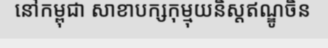
នៅកម្ពុជា សាខាបក្សកុម្មុយនិស្តឥណ្ឌូចិន